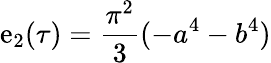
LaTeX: \mathrm{e}_{2}(\tau)={\frac{{\pi^{2}}}{{3}}}(-a^{4}-b^{4})